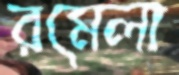
রমেলা